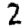
Digit: 2